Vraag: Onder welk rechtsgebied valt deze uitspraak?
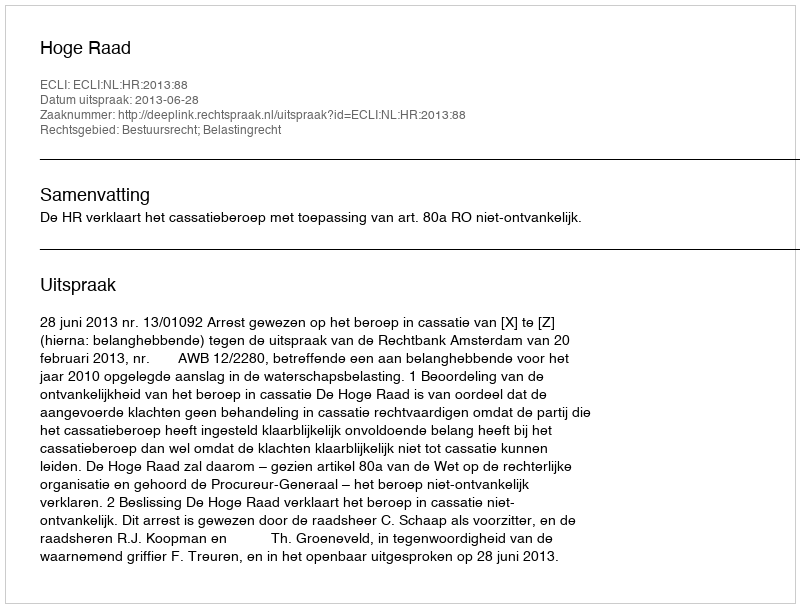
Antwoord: Bestuursrecht; Belastingrecht